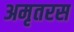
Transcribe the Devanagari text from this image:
अमृतरस